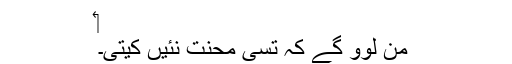
‏
من لوَو گے کہ تُسی محنت نئیں کیتی۔